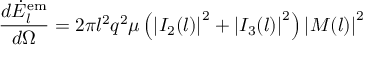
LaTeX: \frac { d \dot { E } _ { l } ^ { \mathrm { e m } } } { d \Omega } = 2 \pi l ^ { 2 } q ^ { 2 } \mu \left( \left| I _ { 2 } ( l ) \right| ^ { 2 } + \left| I _ { 3 } ( l ) \right| ^ { 2 } \right) \left| M ( l ) \right| ^ { 2 }